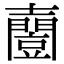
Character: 𡕌